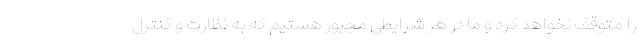
را متوقف نخواهد کرد و ما در هر شرایطی مجبور هستیم که به نظارت و کنترل